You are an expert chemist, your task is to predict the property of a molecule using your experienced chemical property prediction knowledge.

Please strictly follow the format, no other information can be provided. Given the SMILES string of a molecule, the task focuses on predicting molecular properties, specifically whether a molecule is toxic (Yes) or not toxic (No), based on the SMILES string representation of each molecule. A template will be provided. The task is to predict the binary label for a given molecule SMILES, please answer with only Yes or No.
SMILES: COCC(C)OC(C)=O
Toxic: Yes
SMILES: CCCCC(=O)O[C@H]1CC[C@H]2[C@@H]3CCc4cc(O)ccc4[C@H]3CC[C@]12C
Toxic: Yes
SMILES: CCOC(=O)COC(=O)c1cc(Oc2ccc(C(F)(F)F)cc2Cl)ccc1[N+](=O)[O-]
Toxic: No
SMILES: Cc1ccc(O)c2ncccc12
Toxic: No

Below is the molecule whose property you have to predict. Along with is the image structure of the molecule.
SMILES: Nc1ccc(Cl)cc1N
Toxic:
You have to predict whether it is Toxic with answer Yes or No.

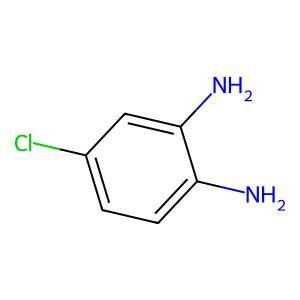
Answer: Yes